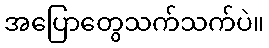
အပြောတွေသက်သက်ပဲ။